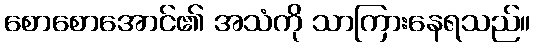
စောစောအောင်၏ အသံကို သာကြားနေရသည်။